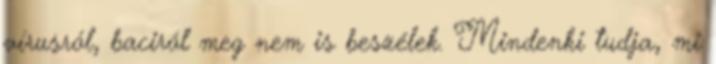
vírusról, baciról meg nem is beszélek. Mindenki tudja, mi